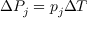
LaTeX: \Delta P _ { j } = p _ { j } \Delta T